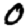
Digit: 0